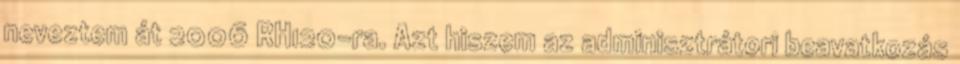
neveztem át 2006 RH120-ra. Azt hiszem az adminisztrátori beavatkozás